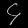
Digit: ၄